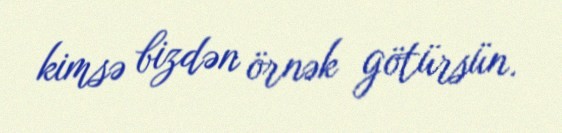
kimsə bizdən örnək götürsün.